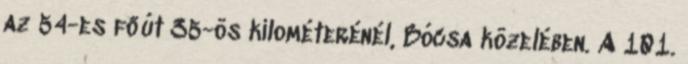
az 54-es főút 35-ös kilométerénél, Bócsa közelében. A 101.